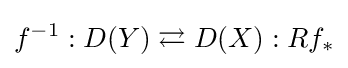
f^{-1}:D(Y)\rightleftarrows D(X):Rf_{*}